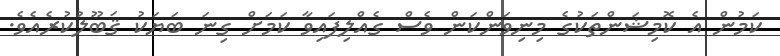
ކަމުން އެ ކޮމިޝަންތަކުގެ މިނިވަންކަން ވެސް ގެއްލިފައިވާ ކަމަށް ގިނަ ބަޔަކު ޤަބޫލުކުރެއެވެ.